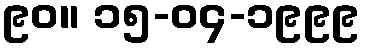
၉၀။ ၁၅-၀၄-၁၉၉၉